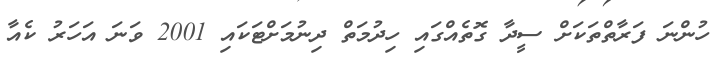
ހުންނަ ފަރާތްތަކަށް ސީދާ ގޮތެއްގައި ހިދުމަތް ދިނުމަށްޓަކައި 2001 ވަނަ އަހަރު ކެއާ